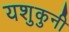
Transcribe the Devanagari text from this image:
यशुकुनी